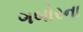
ગબોરના